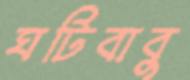
ঘটিবাবু